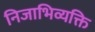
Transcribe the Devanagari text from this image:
निजाभिव्यक्ति